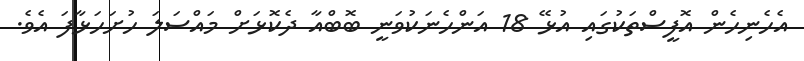
އެހެނިހެން އޮފީސްތަކުގައި އުޅޭ 18 އަންހެނަކުވަނީ ބޮބްއާ ދެކޮޅަށް މައްސަލަ ހުށަހަޅާފަ އެވެ.